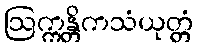
ဩက္ကန္တိကသံယုတ္တံ